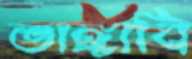
ভাঙ্গাবি